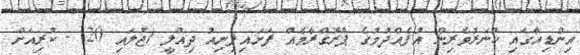
އިންޑިއާގައި ހުނަރުވެރިން އުފެއްދުމުގެ ޕްރޮގްރާމެއް ފަށައިފިނިއު ދިއްލީ (ޖުލައި 20) - ކުރިއަށް